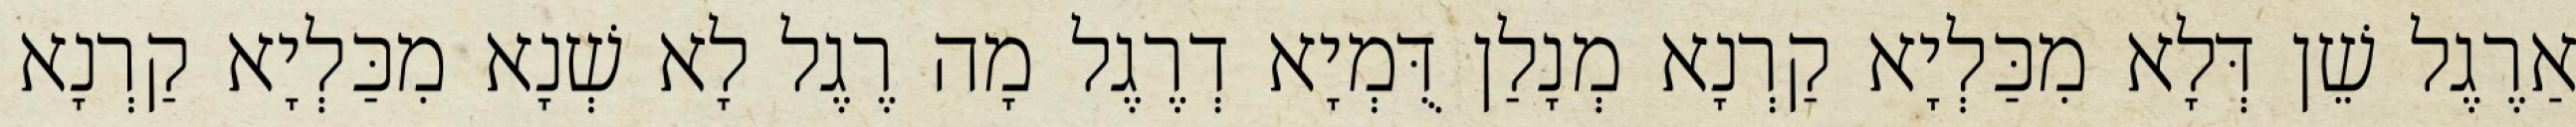
אַרֶגֶל שֵׁן דְּלָא מִכַּלְיָא קַרְנָא מְנָלַן דֻּמְיָא דְרֶגֶל מָה רֶגֶל לָא שְׁנָא מִכַּלְיָא קַרְנָא